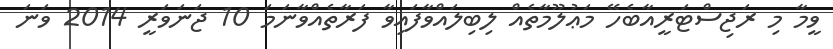
ވީމާ މި ރަޖިސްޓަރީއާބެހޭ މަޢުލޫމާތެއް ލިބިލައްވާފައިވާ ފަރާތެއްވާނަމަ 10 ޖަނަވަރީ 2014 ވަނަ